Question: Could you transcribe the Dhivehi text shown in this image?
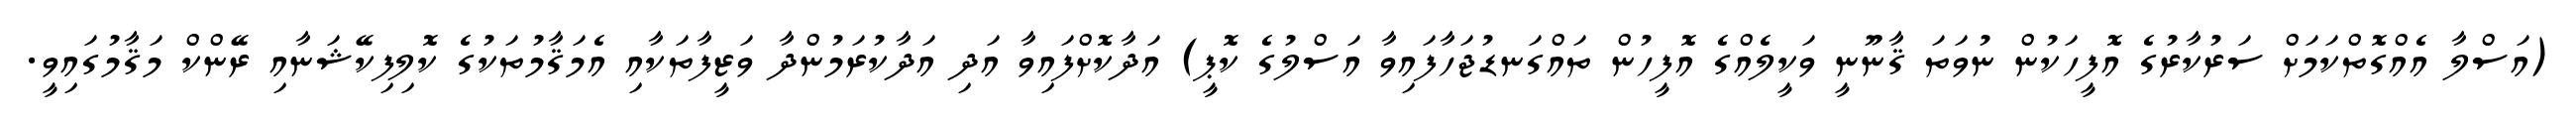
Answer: (އަސްލާ އެއްގޮތްކަމަށް ސަރުކާރުގެ އޮފީހަކުން ނުވަތަ ޤާނޫނީ ވަކީލެއްގެ އޮފީހުން ތައްގަނޑުޖަހާފައިވާ އަސްލުގެ ކޮޕީ) އަދާކޮށްފައިވާ އަދި އަދާކުރަމުންދާ ވަޒީފާތަކާއި އެމަޤާމުތަކުގެ ކޮލިފިކޭޝަނާއި ރޭންކް މަޤާމުގައިވީ.